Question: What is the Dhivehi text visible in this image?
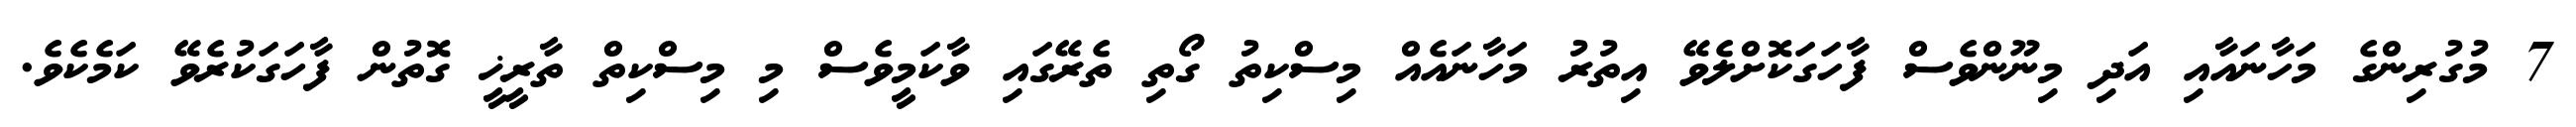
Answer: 7 މުގުރިންގެ މަހާނައާއި އަދި މިނޫންވެސް ފާހަގަކޮށްލެވޭ އިތުރު މަހާނައެއް މިސްކިތު ގޯތި ތެރޭގައި ވާކަމީވެސް މި މިސްކިތް ތާރީޚީ ގޮތުން ފާހަގަކުރެވޭ ކަމެކެވެ.